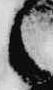
之